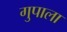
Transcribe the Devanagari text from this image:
गुपाला